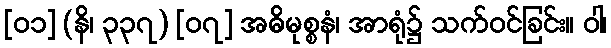
[၀၁] (နိ၊ ၃၃၇) [၀၇] အဓိမုစ္စနံ၊ အာရုံ၌ သက်ဝင်ခြင်း။ ဝါ၊